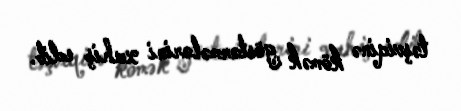
təşviqinə kömək göstərmələrini xahiş edib.